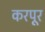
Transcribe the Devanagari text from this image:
करपूर